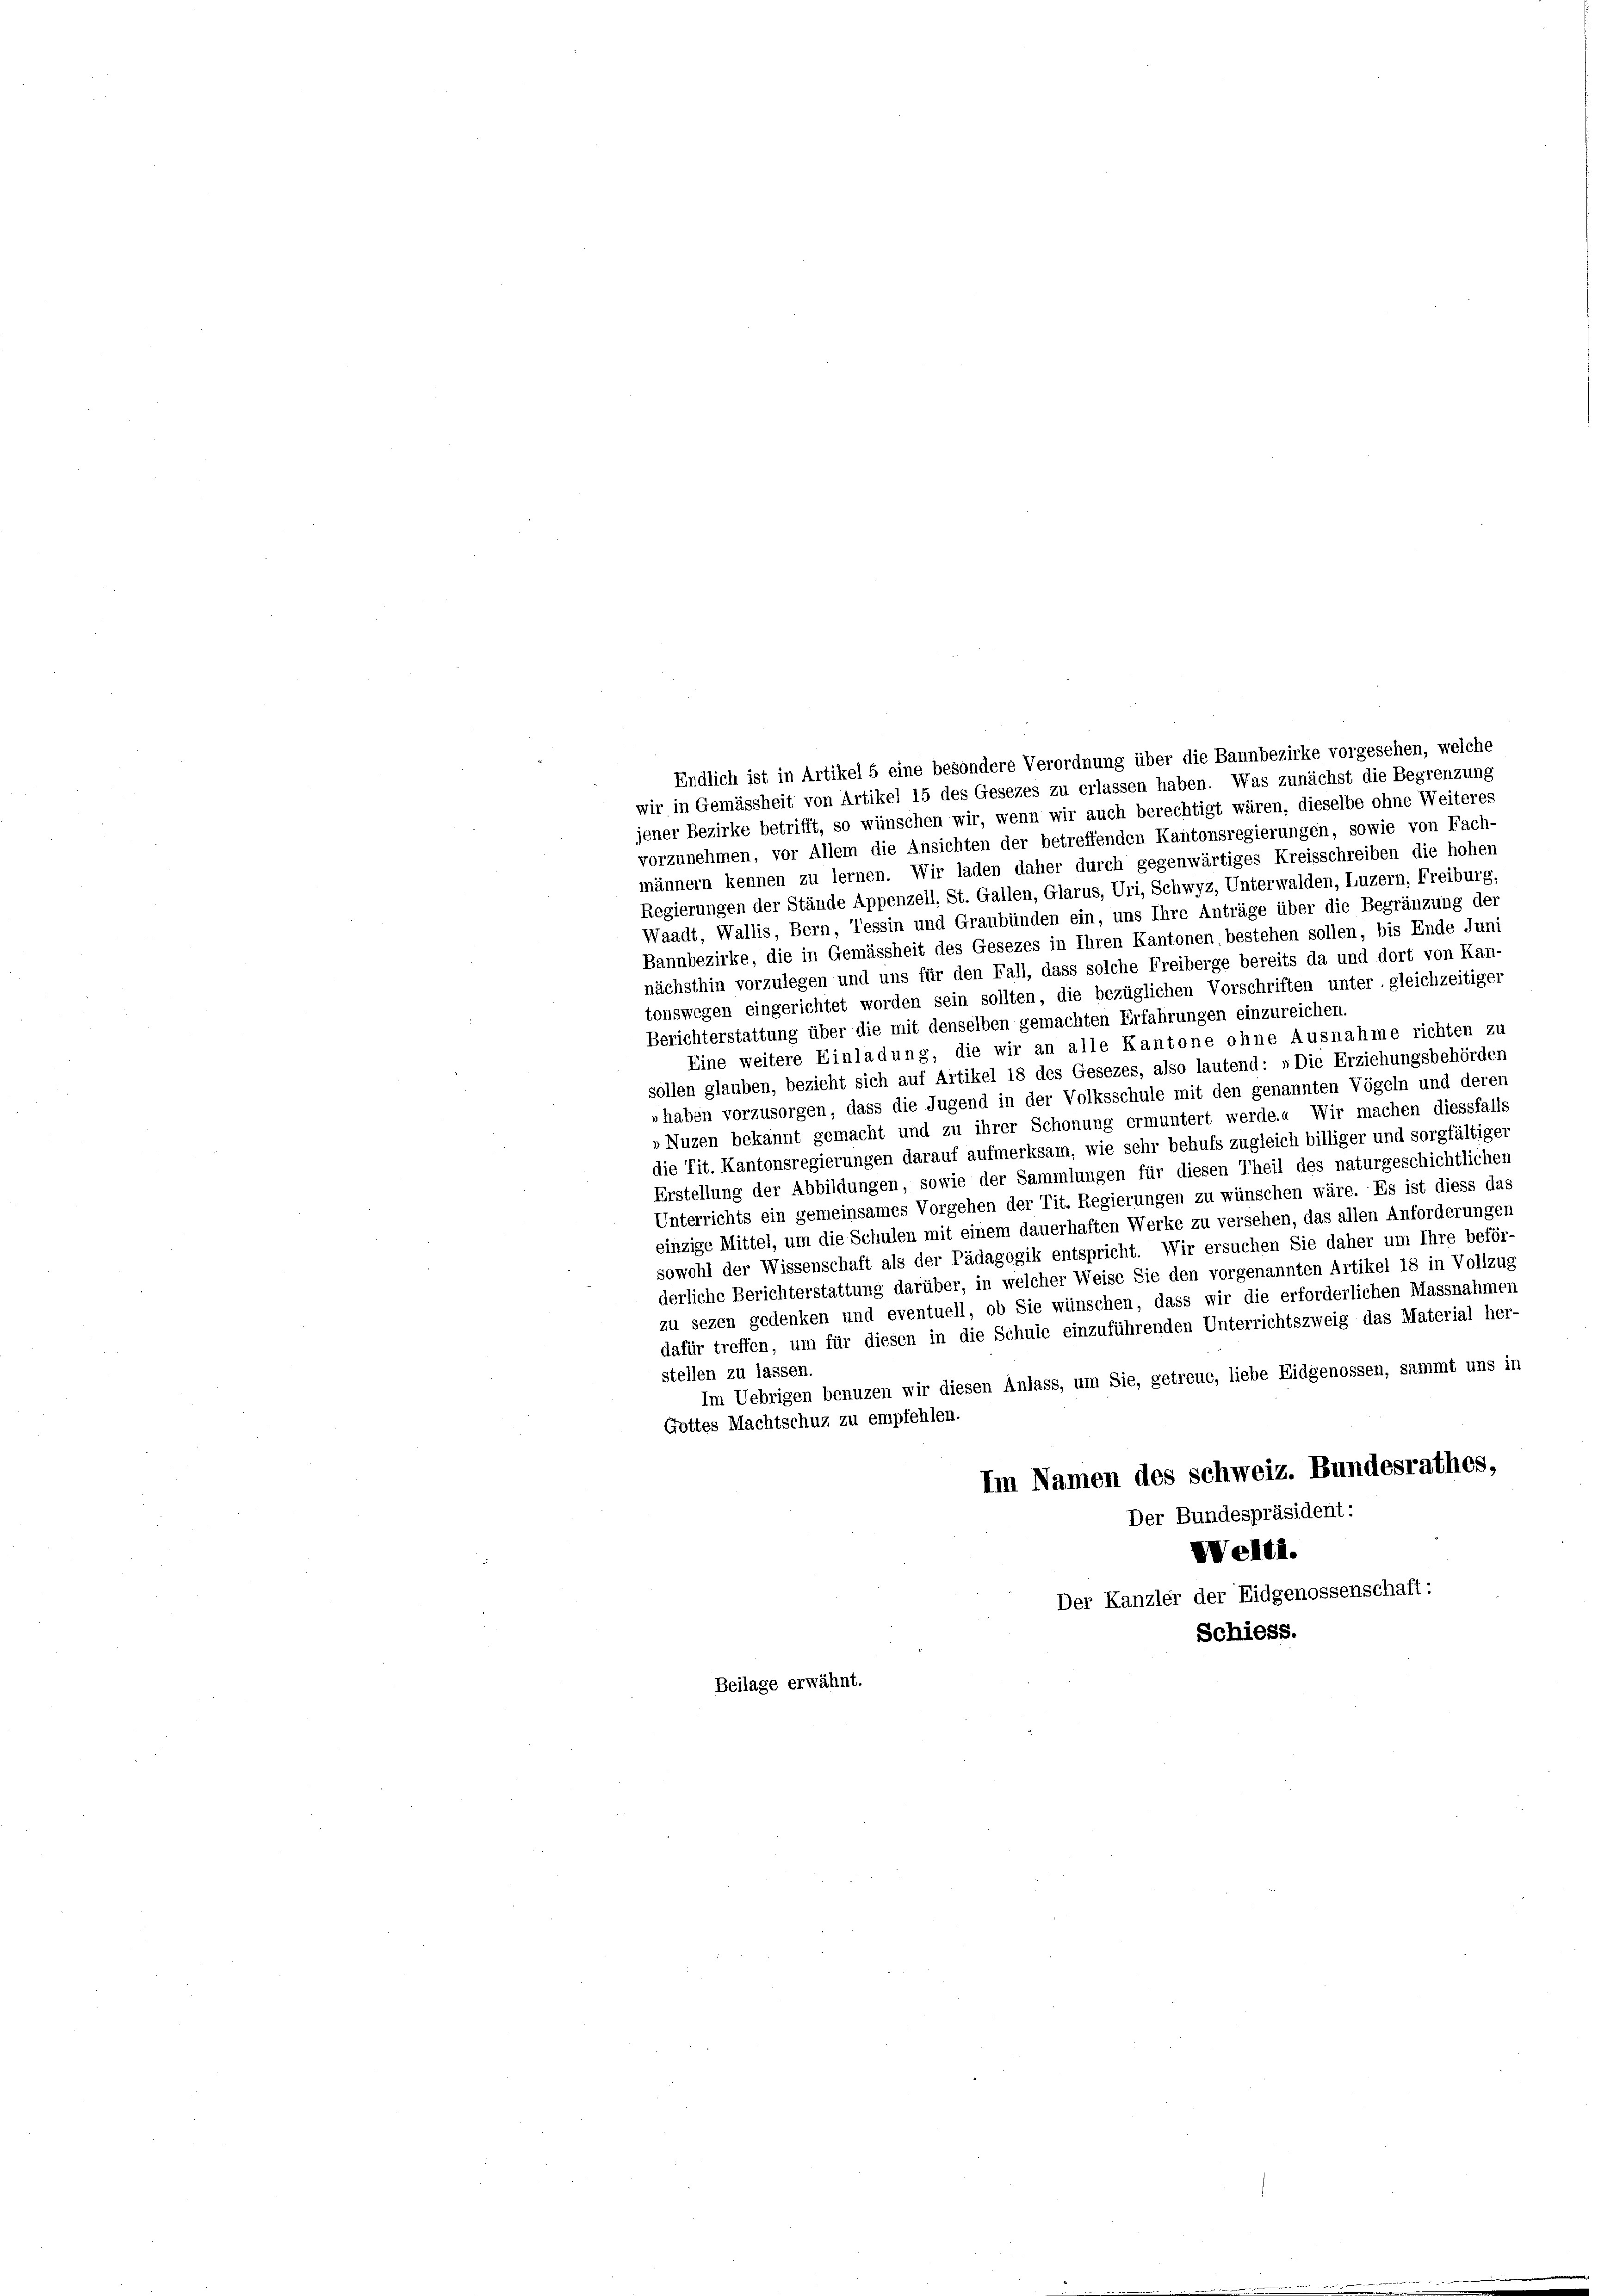
Endlich ist in Artikel 5 eine besondere Verordnung über die Bannbezirke vorgesehen, welche
wir in Gemässheit von Artikel 15 des Gesezes zu erlassen haben. Was zunächst die Begrenzung
jener Bezirke betrifft, so wünschen wir, wenn wir auch berechtigt wären, dieselbe ohne Weiteres
vorzunehmen, vor Allem die Ansichten der betreffenden Kantonsregierungen, sowie von Fach-
männern kennen zu lernen. Wir laden daher durch gegenwärtiges Kreisschreiben die hohen
Regierungen der Stände Appenzell, St. Gallen, Glarus, Uri, Schwyz, Unterwalden, Luzern, Freiburg,
Waadt, Wallis, Bern, Tessin und Graubünden ein, uns Ihre Anträge über die Begränzung der
Bannbezirke, die in Gemässheit des Gesezes in Ihren Kantonen, bestehen sollen, bis Ende Juni
nächsthin vorzulegen und uns für den Fall, dass solche Freiberge bereits da und dort von Kan-
tonswegen eingerichtet worden sein sollten, die bezüglichen Vorschriften unter gleichzeitiger
Berichterstattung über die mit denselben gemachten Erfahrungen einzureichen.
Eine weitere Einladung, die wir an alle Kantone ohne Ausnahme richten zu
sollen glauben, bezieht sich auf Artikel 18 des Gesezes, also lautend: „Die Erziehungsbehörden
„haben vorzusorgen, dass die Jugend in der Volksschule mit den genannten Vögeln und deren
»Nuzen bekannt gemacht und zu ihrer Schonung ermuntert werde.« Wir machen diessfalls
die Tit. Kantonsregierungen darauf aufmerksam, wie sehr behufs zugleich billiger und sorgfältiger
Erstellung der Abbildungen, sowie der Sammlungen für diesen Theil des naturgeschichtlichen
Unterrichts ein gemeinsames Vorgehen der Tit. Regierungen zu wünschen wäre. Es ist diess das
einzige Mittel, um die Schulen mit einem dauerhaften Werke zu versehen, das allen Anforderungen
sowohl der Wissenschaft als der Pädagogik entspricht. Wir ersuchen Sie daher um Ihre beför-
derliche Berichterstattung darüber, in welcher Weise Sie den vorgenannten Artikel 18 in Vollzug
zu sezen gedenken und eventuell, ob Sie wünschen, dass wir die erforderlichen Massnahmen
dafür treffen, um für diesen in die Schule einzuführenden Unterrichtszweig das Material her-
stellen zu lassen.
Im Uebrigen benuzen wir diesen Anlass, um Sie, getreue, liebe Eidgenossen, sammt uns in
Gottes Machtschuz zu empfehlen.
Im Namen des schweiz. Bundesrathes,
Der Bundespräsident:
VVelti.
Der Kanzler der Eidgenossenschaft:
Schiess.
Beilage erwähnt.